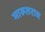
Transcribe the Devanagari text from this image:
मारूतराव